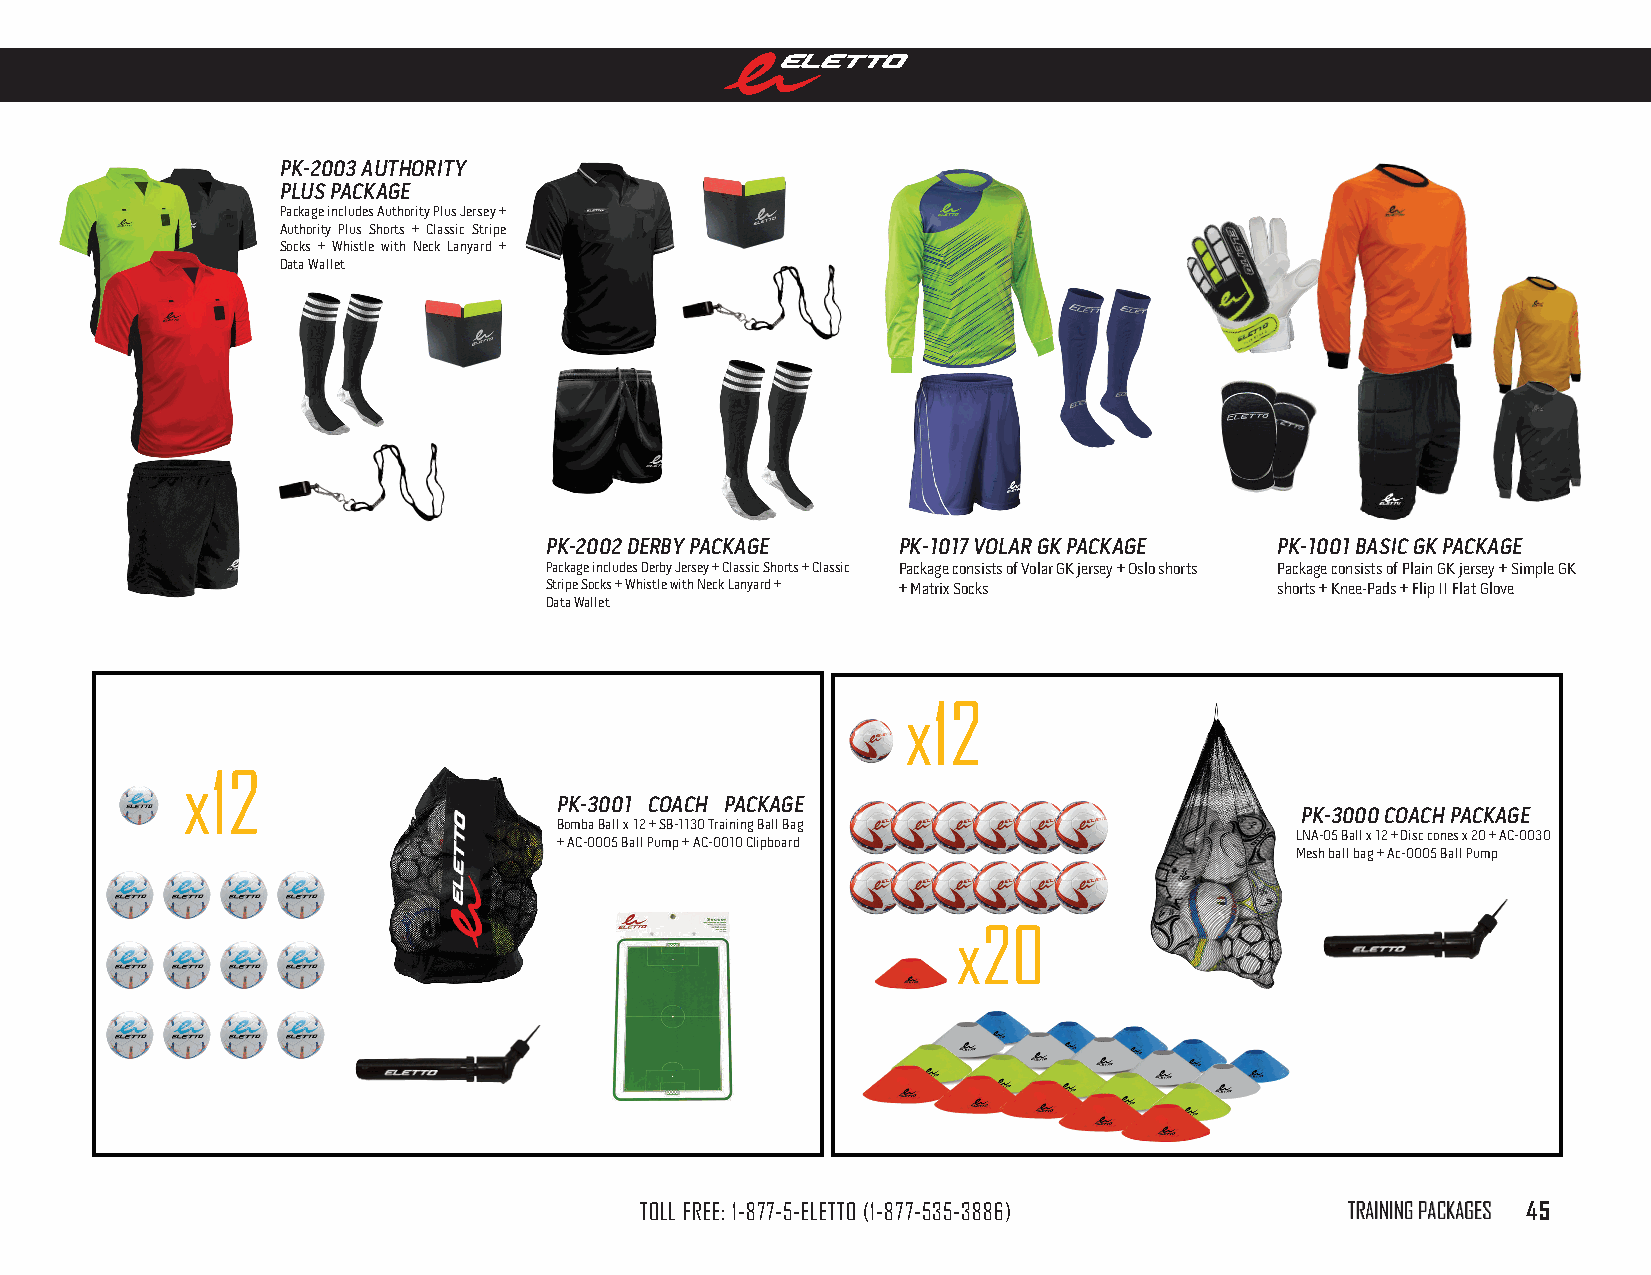
Pk-2003 AuThoriTy
 Plus PAckAge
 Package includes Authority Plus Jersey +
 Authority Plus Shorts + Classic Stripe
 Socks + Whistle with Neck Lanyard +
 Data Wallet
 Pk-2002 derBy PAckAge  Pk-1017 volAr gk PAckAge  Pk-1001 BAsic gk PAckAge
 Package includes Derby Jersey + Classic Shorts + Classic Package consists of Volar GK jersey + Oslo shorts Package consists of Plain GK jersey + Simple GK
 Stripe Socks + Whistle with Neck Lanyard + + Matrix Socks shorts + Knee-Pads + Flip II Flat Glove
 Data Wallet
 x12
 x12
 Pk-3001 coAch PAckAge
 Pk-3000 coAch PAckAge
 Bomba Ball x 12 + SB-1130 Training Ball Bag
 LNA-05 Ball x 12 + Disc cones x 20 + AC-0030
 + AC-0005 Ball Pump + AC-0010 Clipboard
 Mesh ball bag + Ac-0005 Ball Pump
 x20
 TOLL FREE: 1-877-5-ELETTO (1-877-535-3886)     TRaininG paCKaGES 45